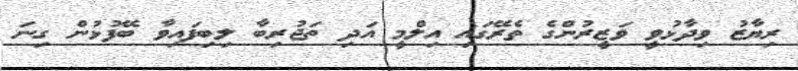
ރިޔާޒު ވިދާޅުވީ ވަޒީރުންގެ ތެރޭގައި އިލްމީ އަދި ތަޖުރިބާ ލިބިފައިވާ ބޭފުޅުން ގިނަ